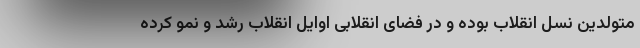
متولدین نسل انقلاب بوده و در فضای انقلابی اوایل انقلاب رشد و نمو کرده